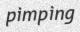
pimping